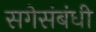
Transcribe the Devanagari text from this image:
सगेसंबंधी